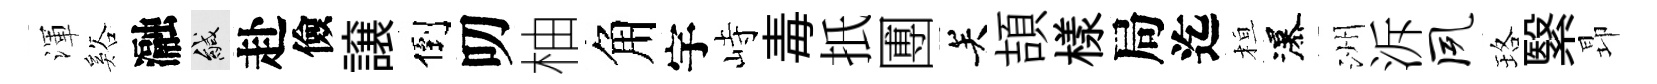
渾谿瀜緘赴儉譲倒叨柚角宇峙毒扺圑关頡樣局迄桓瀑洲泝夙珞繄昻